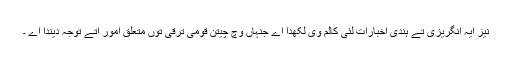
نیز ایہ انگریزی تے ہندی اخبارات لئی کالم وی لکھدا اے جنہاں وچ چیتن قومی ترقی توں متعلق امور اتے توجہ دیندا اے ۔